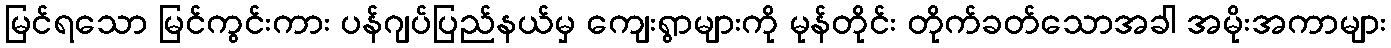
မြင်ရသော မြင်ကွင်းကား ပန်ဂျပ်ပြည်နယ်မှ ကျေးရွာများကို မုန်တိုင်း တိုက်ခတ်သောအခါ အမိုးအကာများ